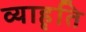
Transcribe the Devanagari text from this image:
व्याहृति